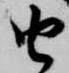
由